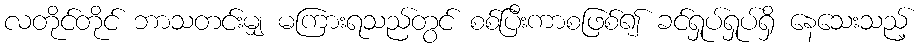
လတိုင်တိုင် ဘာသတင်းမျှ မကြားရသည်တွင် စစ်ပြီးကာစဖြစ်၍ ခင်ရှုပ်ရှုပ်ရှိ နေသေးသည့်